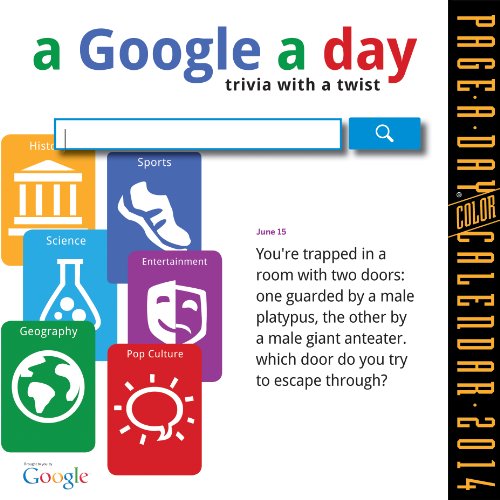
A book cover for A Google A Day Page-A-Day 2014 Calendar; Workman Publishing; Calendars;